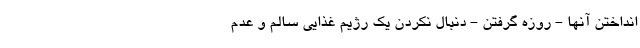
انداختن آنها - روزه گرفتن - دنبال نکردن یک رژیم غذایی سالم و عدم